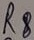
Text: R8